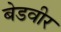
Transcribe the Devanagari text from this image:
बेडवीर